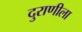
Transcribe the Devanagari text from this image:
दुराणीला